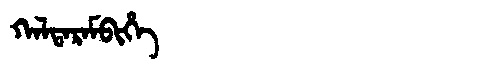
Manchu: ᡴᠠᠯᡨᠠᡵᠠᠮᠪᡳᡥᡝ
Romanization: KALTARAMBIHE